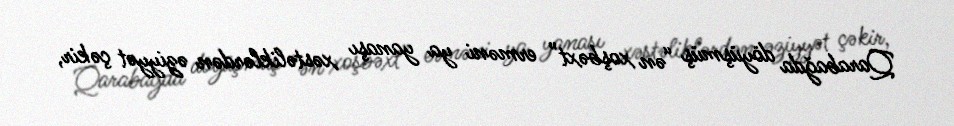
Qarabağda döyüşmüş “ən xoşbəxt” erməni ya yanaşı xəstəliklərdən əziyyət çəkir,